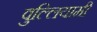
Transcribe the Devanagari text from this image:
वुल्लियामी